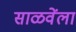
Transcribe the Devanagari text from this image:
साळवेंला